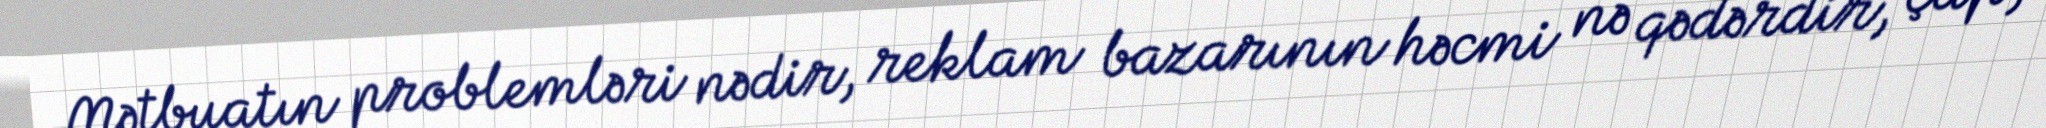
Mətbuatın problemləri nədir, reklam bazarının həcmi nə qədərdir, çap,